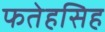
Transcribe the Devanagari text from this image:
फतेहसिह